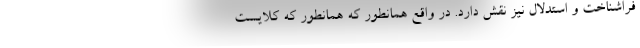
فراشناخت و استدلال نیز نقش دارد. در واقع همانطور که همانطور که کلایست